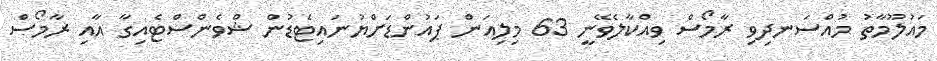
މައުލޫމާތު މުއްސަނދިވި ރާމޯސް ވިއްކާލެވޭނީ 63 މިލިއަން ޕައުންޑަށްޔުނައިޓެޑުން ޝްވެންސްޓެއިގާ އާއި ރާމޯސް